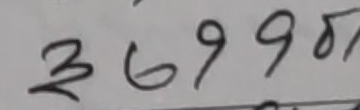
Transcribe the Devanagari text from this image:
३६९९८७